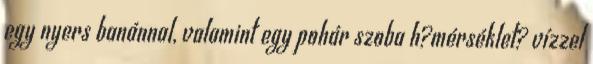
egy nyers banánnal, valamint egy pohár szoba h?mérséklet? vízzel